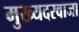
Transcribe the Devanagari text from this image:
मुख्यदरवाजा